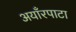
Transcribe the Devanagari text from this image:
अयाँरपाटा